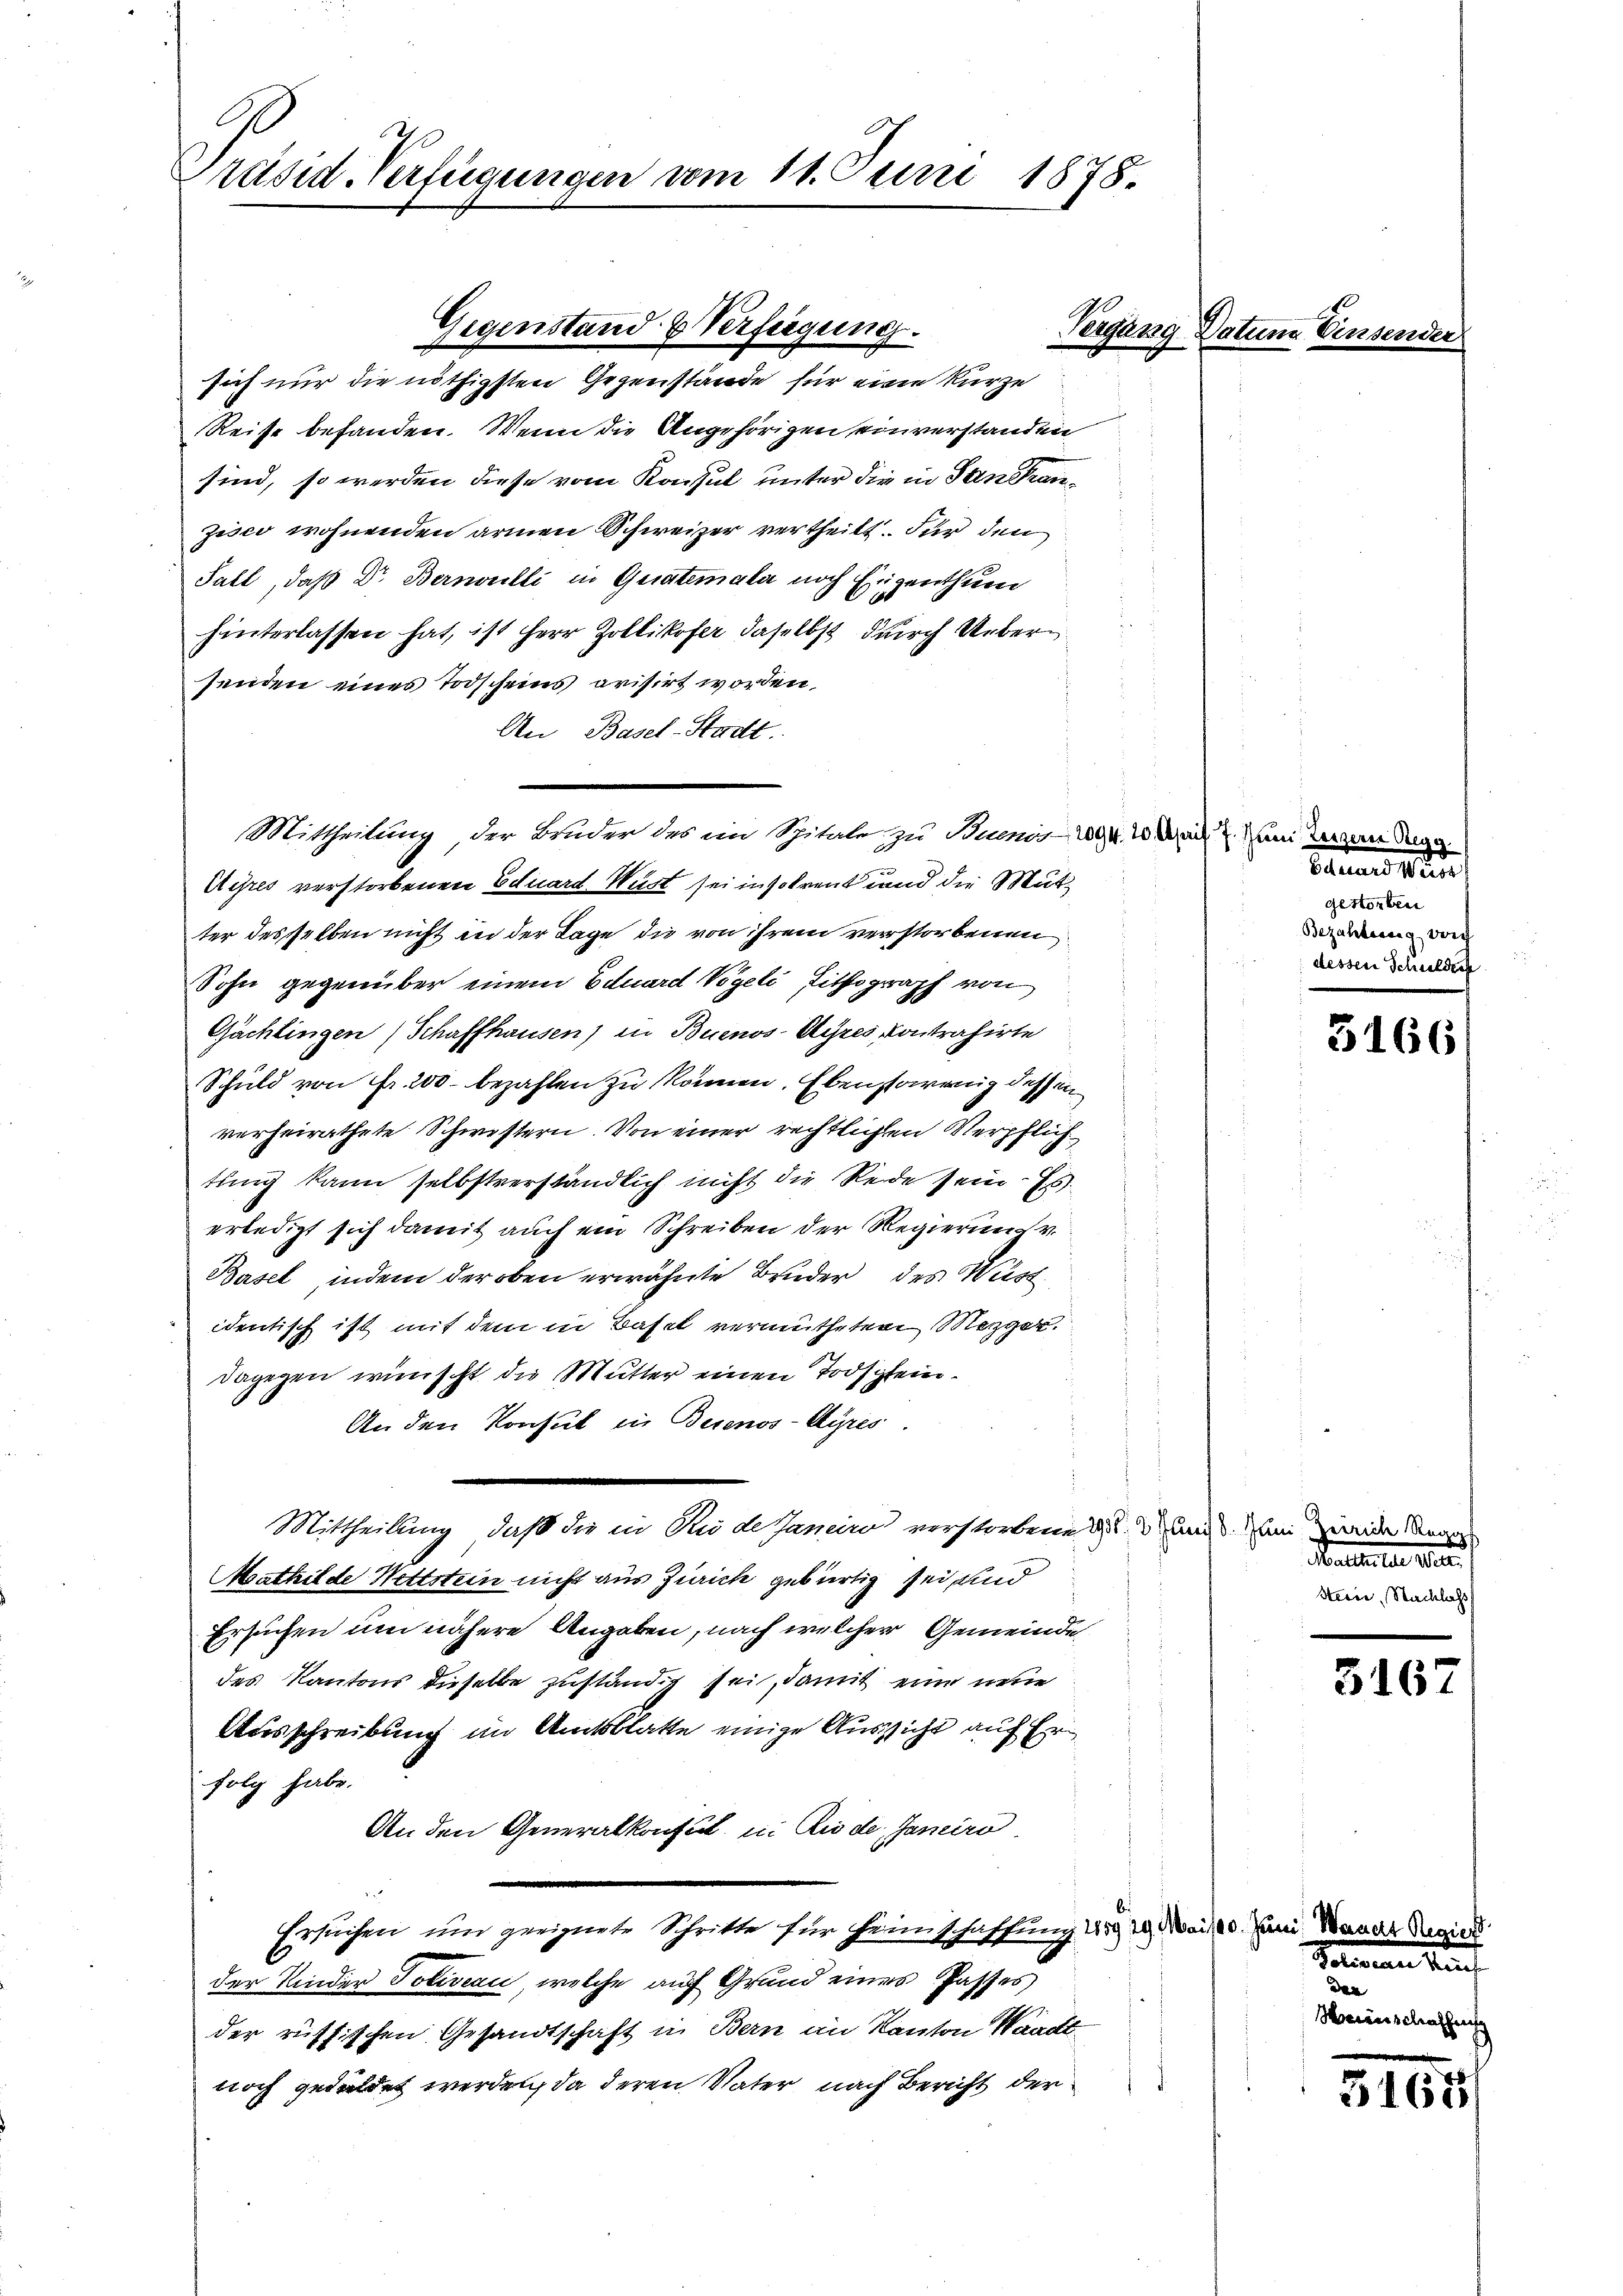
Präsid-Verfügungen vom 11. Juni 1878.

Reise befanden. Wenn die Angehörigen einverstanden
sind, so werden diese vom Konsul unter die in Sandanzisco wohnenden armen Schweizer vertheilt. Für den
Fall, daß Dr Bernoulli in Geratemata noch Eigenthum
hinterlassen hat, ist Herr Zollikofer daselbst durch Uebersenden eines Todscheins avisirt worden,
An Basel-Stadt.
Mittheilung, der Bruder des im Spitale zu Buenis-294. 20 Mail an Herzen Tage
Uihres verstorbenen Eduard Wüst sei in so treut und die Mutter desselben nicht in der Lage die von ihrem verstorbenen
Sohn gegenüber einem Eduard Vögeli, Lithograph von
Gächtingen Schaffhausen) in Buenos-Ayres, Kontrahirte
Schuld von Fr. 200 bezahlen zu können. Ebenstarenig dessen
verheirathete Schwestern. Von einer rechtlichen Verpflich
tung kann selbstverständlich nicht die Rede sein. Es
erledigt sich damit auch ein Schreiben der Regierung v
Basel, indem der oben erwähnte Bruder des West
identisch ist mit dem in Basel vermutheten Mezger.
dagegen wünscht die Mutter einen Todschein¬
An den Konsul in Beienos-Ayres.
Mittheilung, daß die in Rude Janeiro verstorbene dans am Zweide Ange
Mathilde Wettstein nicht aus Zürich gebürtig sei sind
Ersuchen um nähere Angaben, nach welcher Gemeinde
des Kantons dieselbe zuständig sei, damit eine neue
Ausschreibung im Amtsblatte einige Aussicht auf Erfolg habe.
An den Generalkonsul in Riede, Janeiro
Ersuchen um geeignete Schritte für Heimschaffung d
der Kinder Soliveau, welche auf Grund eines Passes
der rüffischen Gesandtschaft in Bern an Kanton Waadt
noch geduldet werden, da deren Vater nach Bericht der

Gegenstand & Verfügung.
sich nur die nöthigsten Gegenstände für eine kurze

Vergang Datum Ein¬

Baumes un
gestorben
Bezahlesung vorh
dessen Schulden

3166

Patenten der
Steine, Nachlass

3167

Mai/10. Juni, Mauert Regiert
Sommen Kauf
den
Heinschaffens

3164